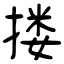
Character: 搂